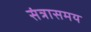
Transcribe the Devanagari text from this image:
संत्रासमय